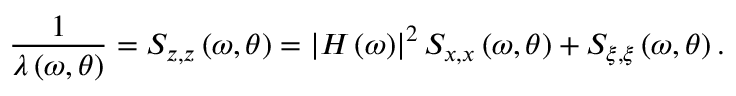
\frac { 1 } { \lambda \left( \omega , \boldsymbol { \theta } \right) } = S _ { z , z } \left( \omega , \boldsymbol { \theta } \right) = \left| H \left( \omega \right) \right| ^ { 2 } S _ { x , x } \left( \omega , \boldsymbol { \theta } \right) + S _ { \xi , \xi } \left( \omega , \boldsymbol { \theta } \right) .